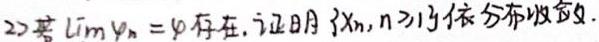
2) 若 $\lim_{n\rightarrow\infty} \varphi_{n}=\varphi$ 存在, 证明 $\{X_{n},n\geq 1\}$ 依分布收敛.